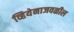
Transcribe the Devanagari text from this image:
व्हियेनाजवळील